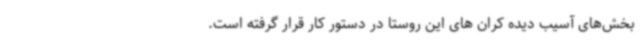
بخش‌های آسیب دیده کران های این روستا در دستور کار قرار گرفته است.